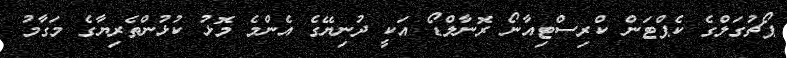
ޕޯޗުގަލްގެ ކެޕްޓަަން ކްރިސްޓިއާނޯ ރޮނާލްޑޯ އަކީ ދުނިޔޭގެ އެންމެ މޮޅު ކުޅުންތެރިޔާގެ މަގާމު